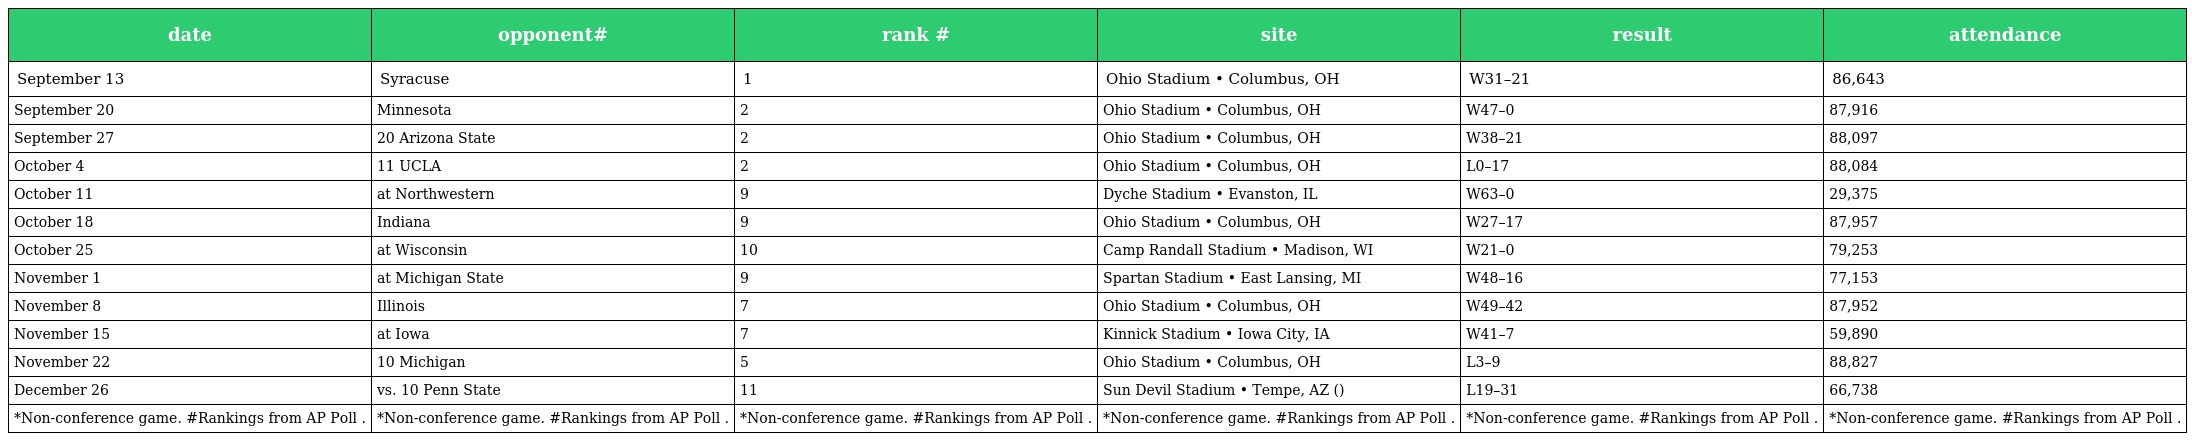
| date | opponent# | rank # | site | result | attendance |
 | --- | --- | --- | --- | --- | --- |
 | September 13 | Syracuse | 1 | Ohio Stadium • Columbus, OH | W31–21 | 86,643 |
 | September 20 | Minnesota | 2 | Ohio Stadium • Columbus, OH | W47–0 | 87,916 |
 | September 27 | 20 Arizona State | 2 | Ohio Stadium • Columbus, OH | W38–21 | 88,097 |
 | October 4 | 11 UCLA | 2 | Ohio Stadium • Columbus, OH | L0–17 | 88,084 |
 | October 11 | at Northwestern | 9 | Dyche Stadium • Evanston, IL | W63–0 | 29,375 |
 | October 18 | Indiana | 9 | Ohio Stadium • Columbus, OH | W27–17 | 87,957 |
 | October 25 | at Wisconsin | 10 | Camp Randall Stadium • Madison, WI | W21–0 | 79,253 |
 | November 1 | at Michigan State | 9 | Spartan Stadium • East Lansing, MI | W48–16 | 77,153 |
 | November 8 | Illinois | 7 | Ohio Stadium • Columbus, OH | W49–42 | 87,952 |
 | November 15 | at Iowa | 7 | Kinnick Stadium • Iowa City, IA | W41–7 | 59,890 |
 | November 22 | 10 Michigan | 5 | Ohio Stadium • Columbus, OH | L3–9 | 88,827 |
 | December 26 | vs. 10 Penn State | 11 | Sun Devil Stadium • Tempe, AZ () | L19–31 | 66,738 |
 | *Non-conference game. #Rankings from AP Poll . | *Non-conference game. #Rankings from AP Poll . | *Non-conference game. #Rankings from AP Poll . | *Non-conference game. #Rankings from AP Poll . | *Non-conference game. #Rankings from AP Poll . | *Non-conference game. #Rankings from AP Poll . |